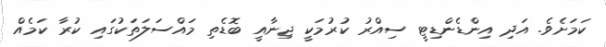
ކަމަށެވެ. އަދި އިންޑެންޑިޓީ ސިއްރު ކުރުމަކީ ޖިނާއީ ބޮޑެތި މައްސަލަތަކުގައި ކުރާ ކަމެއް